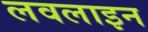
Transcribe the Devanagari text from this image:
लवलाइन